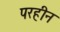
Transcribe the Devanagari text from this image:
परहीन